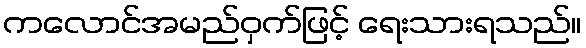
ကလောင်အမည်ဝှက်ဖြင့် ရေးသားရသည်။